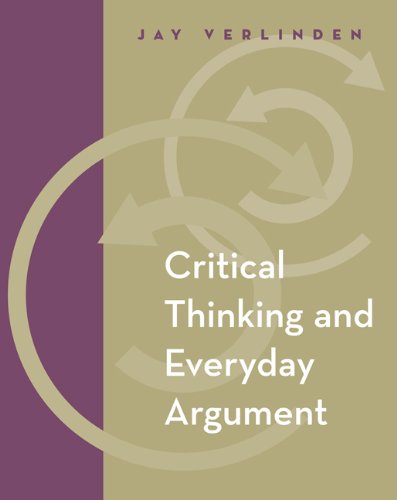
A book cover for Critical Thinking and Everyday Argument (with InfoTrac); Jay VerLinden; Politics & Social Sciences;